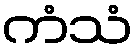
ကံသံ